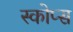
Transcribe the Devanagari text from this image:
स्कोप्स